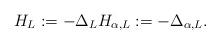
LaTeX: \begin{align*} H_L:= -\Delta_L H_{\alpha,L}:= -\Delta_{\alpha,L}.\end{align*}